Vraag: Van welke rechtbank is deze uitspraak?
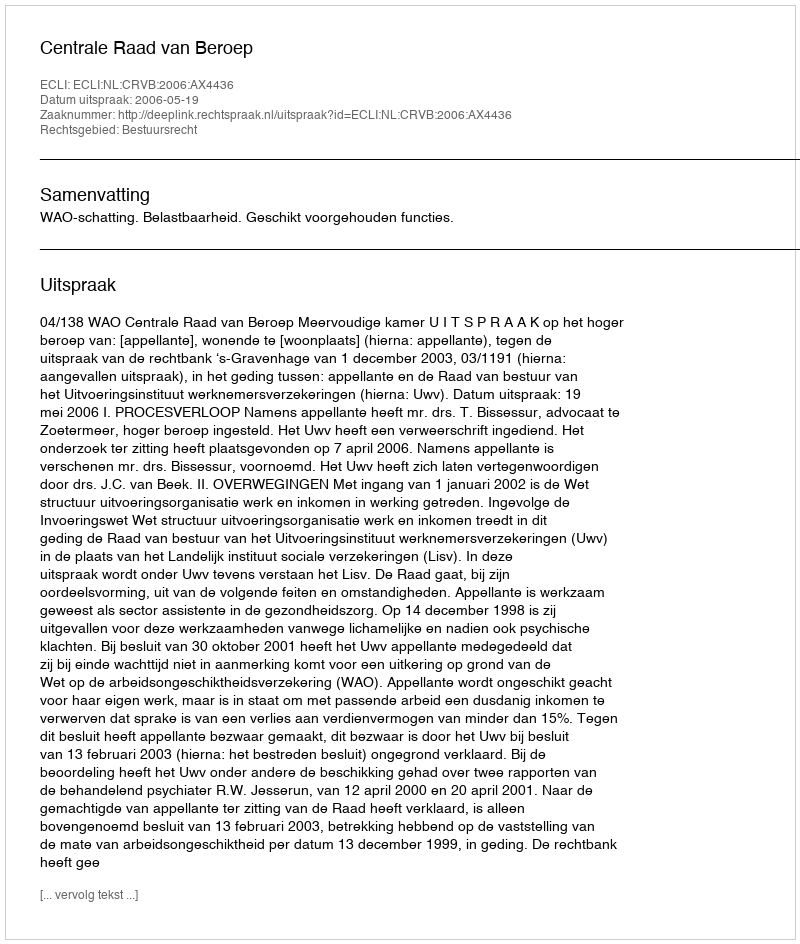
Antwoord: Centrale Raad van Beroep